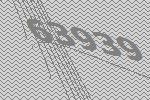
63939